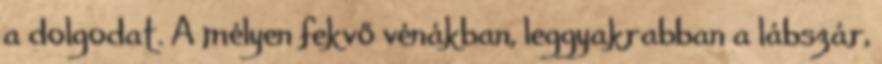
a dolgodat. A mélyen fekvő vénákban, leggyakrabban a lábszár,